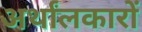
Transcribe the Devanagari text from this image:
अर्थांलकारों